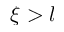
\xi > l